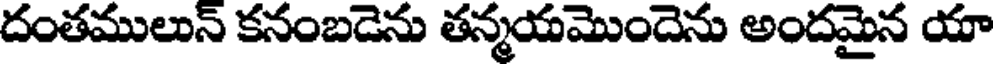
దంతములున్ కనంబడెను తన్మయమొందెను అందమైన యా